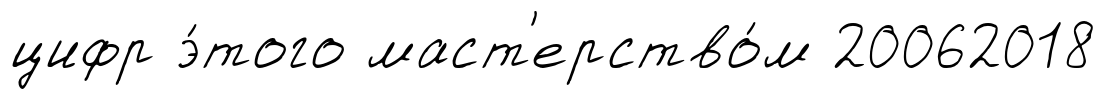
цифр э́того маст'ерство́м 20062018